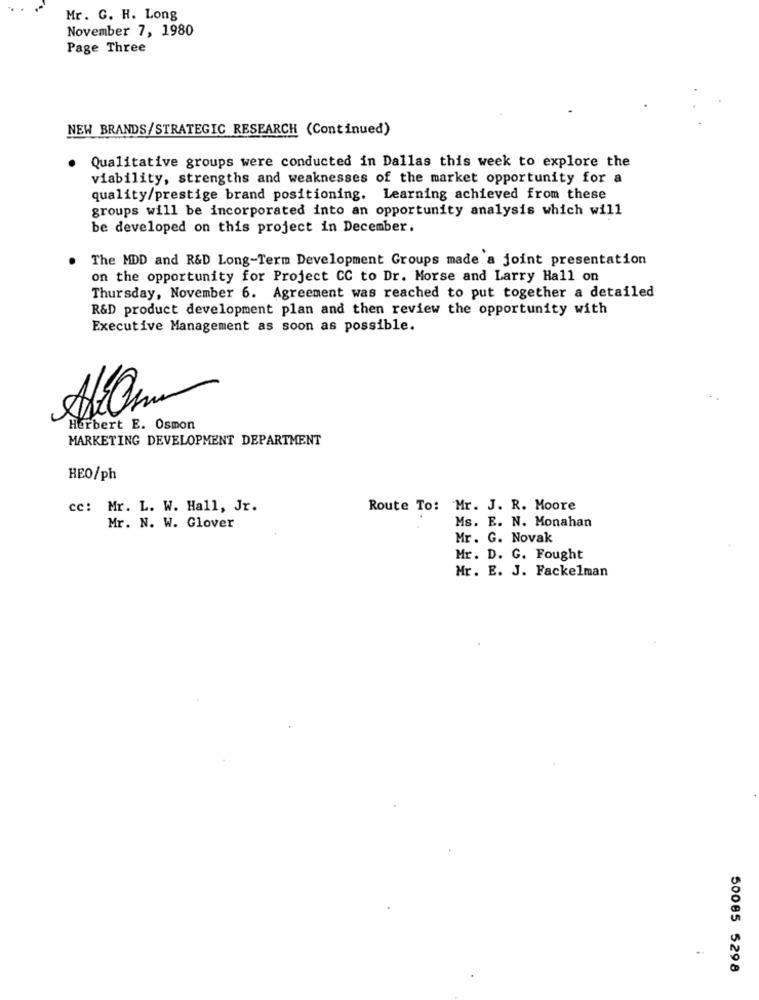
Mr. G. H. Long
November 7, 1980
Page Three
NEW BRANDS/STRATEGIC RESEARCH (Continued)
.
Qualitative groups were conducted in Dallas this week to explore the
viability, strengths and weaknesses of the market opportunity for a
quality/prestige brand positioning. Learning achieved from these
groups will be incorporated into an opportunity analysis which will
be developed on this project in December.
The MDD and R&D Long-Term Development Groups made a joint presentation
on the opportunity for Project CC to Dr. Morse and Larry Hall on
Thursday, November 6. Agreement was reached to put together a detailed
R&D product development plan and then review the opportunity with
Executive Management as soon as possible.
Herbert E. Osmon
MARKETING DEVELOPMENT DEPARTMENT
HEO/ph
cc: Mr. L. W. Hall, Jr.
Route To: Mr. J. R. Moore
Ms. E. N. Monahan
Mr. N. W. Glover
Mr. G. Novak
Mr. D. G. Fought
Mr. E. J. Fackelman
..
50085 5298